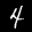
Label: 4